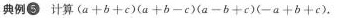
典例5 计算$$( a + b + c ) ( a + b - c ) ( a - b + c ) ( - a + b + c )$$.